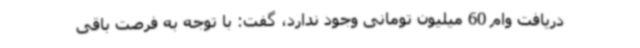
دریافت وام 60 میلیون تومانی وجود ندارد، گفت: با توجه به فرصت باقی